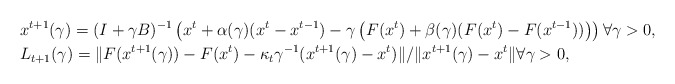
\begin{align*}&x^{t+1}(\gamma)=(I+\gamma B)^{-1}\left(x^t+\alpha(\gamma)(x^t-x^{t-1})-\gamma \left(F(x^t)+\beta(\gamma)(F(x^t)-F(x^{t-1}))\right)\right) \forall \gamma >0, \\&L_{t+1}(\gamma)= \|F(x^{t+1}(\gamma))-F(x^{t})- \kappa_t \gamma^{-1}(x^{t+1}(\gamma)-x^t)\|/\|x^{t+1}(\gamma)-x^t\| \forall \gamma >0, \end{align*}